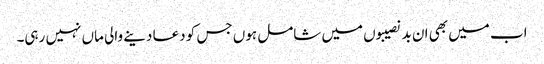
اب میں بھی ان بدنصیبوں میں شامل ہوں جس کو دعا دینے والی ماں نہیں رہی۔